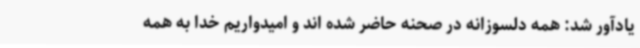
یادآور شد: همه دلسوزانه در صحنه حاضر شده اند و امیدواریم خدا به همه